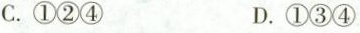
C.①②④ D.①③④